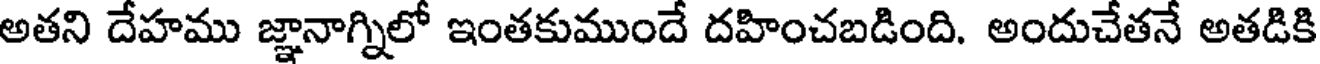
అతని దేహము జ్ఞానాగ్నిలో ఇంతకుముందే దహించబడింది. అందుచేతనే అతడికి